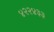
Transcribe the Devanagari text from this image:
४२२४३३